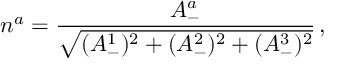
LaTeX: n ^ { a } = \frac { A _ { - } ^ { a } } { \sqrt { ( A _ { - } ^ { 1 } ) ^ { 2 } + ( A _ { - } ^ { 2 } ) ^ { 2 } + ( A _ { - } ^ { 3 } ) ^ { 2 } } } \, ,